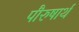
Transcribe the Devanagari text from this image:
पौरुषार्थ